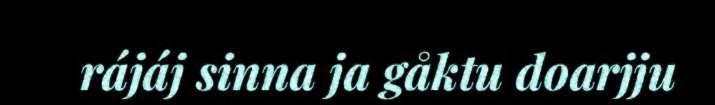
rájáj sinna ja gåktu doarjju